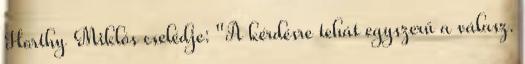
Horthy Miklós cselédje: "A kérdésre tehát egyszerű a válasz.